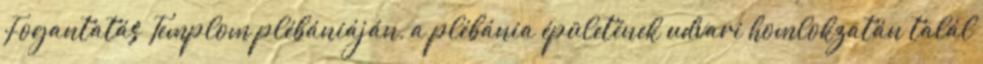
Fogantatás Templom plébániáján, a plébánia épületének udvari homlokzatán talál